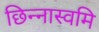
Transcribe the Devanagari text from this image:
छिन्नास्वमि